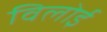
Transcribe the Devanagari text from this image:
विलोई